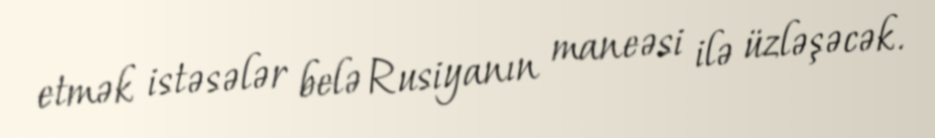
etmək istəsələr belə Rusiyanın maneəsi ilə üzləşəcək.